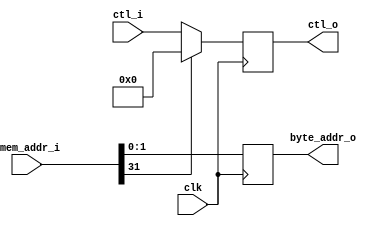
/////////////////////////////////////////////////////////////////////
////                                                             ////
////                                                             ////
////  If you encountered any problem, please contact :           ////
////                                                             ////
////  Downloaded from:                                           ////
////     http://www.opencores.org/pdownloads.cgi/list/mips789    ////
/////////////////////////////////////////////////////////////////////
////                                                             ////
//// Copyright (C) 2006-2007 Liwei                               ////
////                         mcupro@yahoo.com.hk                 ////
////                                                             ////
////                                                             ////
//// This source file may be used and distributed freely without ////
//// restriction provided that this copyright statement is not   ////
//// removed from the file and any derivative work contains the  ////
//// original copyright notice and the associated disclaimer.    ////
////                                                             ////
//// Please let the author know if it is used                    ////
//// for commercial purpose.                                     ////
////                                                             ////
////     THIS SOFTWARE IS PROVIDED ``AS IS'' AND WITHOUT ANY     ////
//// EXPRESS OR IMPLIED WARRANTIES, INCLUDING, BUT NOT LIMITED   ////
//// TO, THE IMPLIED WARRANTIES OF MERCHANTABILITY AND FITNESS   ////
//// FOR A PARTICULAR PURPOSE. IN NO EVENT SHALL THE AUTHOR      ////
//// OR CONTRIBUTORS BE LIABLE FOR ANY DIRECT, INDIRECT,         ////
//// INCIDENTAL, SPECIAL, EXEMPLARY, OR CONSEQUENTIAL DAMAGES    ////
//// (INCLUDING, BUT NOT LIMITED TO, PROCUREMENT OF SUBSTITUTE   ////
//// GOODS OR SERVICES; LOSS OF USE, DATA, OR PROFITS; OR        ////
//// BUSINESS INTERRUPTION) HOWEVER CAUSED AND ON ANY THEORY OF  ////
//// LIABILITY, WHETHER IN  CONTRACT, STRICT LIABILITY, OR TORT  ////
//// (INCLUDING NEGLIGENCE OR OTHERWISE) ARISING IN ANY WAY OUT  ////
//// OF THE USE OF THIS SOFTWARE, EVEN IF ADVISED OF THE         ////
//// POSSIBILITY OF SUCH DAMAGE.                                 ////
////                                                             ////
/////////////////////////////////////////////////////////////////////
////                                                             ////
////                                                             ////
//// Date of Creation: 2007.8.1                                  ////
////                                                             ////
//// Version: 0.0.1                                              ////
////                                                             ////
//// Description:                                                ////
////                                                             ////
////                                                             ////
/////////////////////////////////////////////////////////////////////
////                                                             ////
//// Change log:                                                 ////
////                                                             ////
/////////////////////////////////////////////////////////////////////

`define DMEM_SB    1
`define DMEM_LBS   2
`define DMEM_LB    3
`define DMEM_LBU   4
`define DMEM_SW    5
`define DMEM_LW    6
`define DMEM_SH    7
`define DMEM_LHS   8
`define DMEM_LH    9
`define DMEM_LHU   10
`define DMEM_NOP   0


module infile_dmem_ctl_reg(
        input clk,
        input [3:0]ctl_i,
        input [31:0]dmem_addr_i,
        output reg [1:0]byte_addr_o,
        output reg [3:0]ctl_o
    );

    wire   [1:0]byte_addr_i;
    assign byte_addr_i = dmem_addr_i[1:0] ;
    always @(posedge clk)
    begin
        ctl_o<=(dmem_addr_i[31]==0)?ctl_i:0;
        byte_addr_o<=byte_addr_i;
    end

endmodule

module mem_addr_ctl(
        input [3:0]ctl,
        input [31:0]addr_i,
        output reg[3:0]wr_en
    );
    always@(*)
    case (ctl)
        `DMEM_SB:
        begin
            case(addr_i[1:0])
                0:wr_en = 4'b1000;
                1:wr_en = 4'b0100;
                2:wr_en = 4'b0010;
                3:wr_en = 4'b0001;
            endcase
        end
        `DMEM_SH  :
        begin
            case(addr_i[1:0])
                'd0:wr_en=4'b1100;
                'd2:wr_en=4'b0011;
            endcase
        end
        `DMEM_SW :
        begin
            wr_en=4'b1111;
        end
        default wr_en=4'b0000;
    endcase

endmodule



module mem_dout_ctl(
        input [1:0]byte_addr,
        input [3:0]ctl,
        input [31:0] din,
        output reg [31:0] dout
    );

    always @(*)
    case (ctl)

        `DMEM_LBS :
        case (byte_addr)
            'd0:dout={{24{din[31]}},din[31:24]};
            'd1:dout={{24{din[23]}},din[23:16]};
            'd2:dout={{24{din[15]}},din[15:8]};
            'd3:dout={{24{din[7]}},din[7:0] };
            default :
                dout=32'b0;
        endcase//checked
        `DMEM_LBU :
        case (byte_addr)
            'd3:dout={24'b0,din[7:0]};
            'd2:dout={24'b0,din[15:8]};
            'd1:dout={24'b0,din[23:16]};
            'd0:dout={24'b0,din[31:24]};
            default :
                dout=32'b0;
        endcase
        `DMEM_LHU :
        case (byte_addr)
            'd0:dout={16'b0,din[23:16],din[31:24]};
            'd2:dout={16'b0,din[7:0],din[15:8]};
        endcase
        `DMEM_LHS :
        case (byte_addr)
            'd0 :dout={{16{din[23]}},din[23:16],din[31:24]};
            'd2 :dout={{16{din[7 ]}},din[7 :0],din[15:8]};
            default:dout=0;
        endcase
        `DMEM_LW  :
            dout=din;
        default :
            dout=32'b0;
    endcase
endmodule

module mem_din_ctl(
        input [3:0]ctl,
        input [31:0]din,
        output reg [31:0]dout
    );

    always @(*)

    case (ctl)
        `DMEM_SB   :
            dout={din[7:0],din[7:0],din[7:0],din[7:0]};
        `DMEM_SH   :
            dout = {din[15:0],din[15:0]};
        `DMEM_SW   :
            dout =din;
        default dout=din;
    endcase

endmodule

/*

ex. 1,
unsigned short a[4]={0,1,2,3};
00000001
00020003

ex. 2
unsigned char a[4]={0,1,2,3};
00010203


ex.  3
unsigned int b[3]={0x12345678,0,0x12345678};
12345678
00000000
12345678

*/